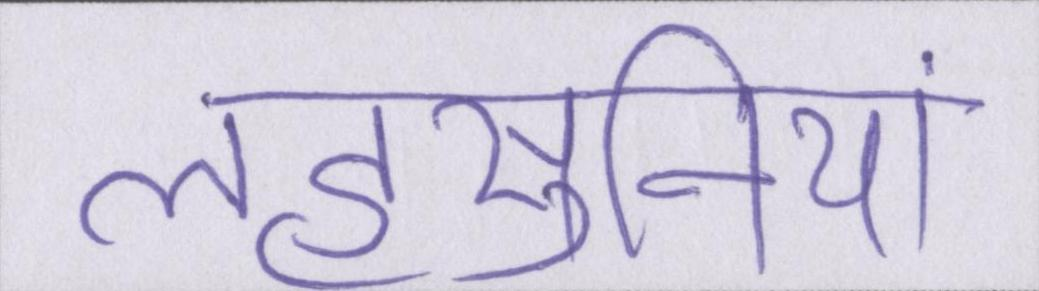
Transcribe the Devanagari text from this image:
लहसुनियां